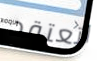
اتعتقد